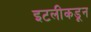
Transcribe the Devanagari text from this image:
इटलीकडून